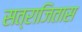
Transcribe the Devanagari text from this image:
सत्राजितास